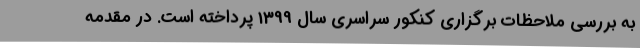
به بررسی ملاحظات برگزاری کنکور سراسری سال 1399 پرداخته است. در مقدمه